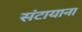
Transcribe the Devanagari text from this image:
संटायाना